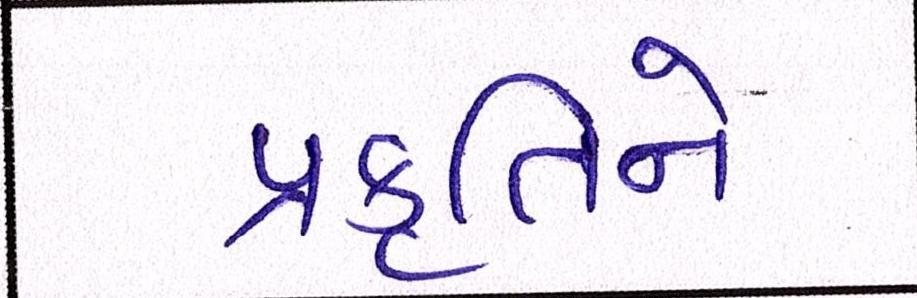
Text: પ્રકૃતિને